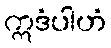
ဣဒံပါဟံ